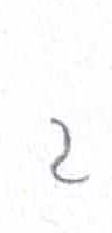
אות: ג